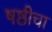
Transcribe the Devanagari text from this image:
षष्ठीचा